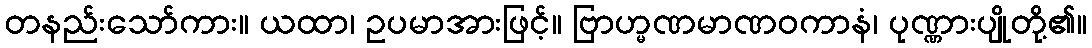
တနည်းသော်ကား။ ယထာ၊ ဥပမာအားဖြင့်။ ဗြာဟ္မဏမာဏဝကာနံ၊ ပုဏ္ဏားပျိုတို့၏။